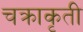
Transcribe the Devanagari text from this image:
चक्राकृती